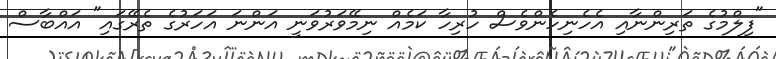
"ފިލްމުގެ ތަރިންނާއި އެހެނިހެންވެސް ހުރިހާ ކަމެއް ނިމޭވަރުވަނީ އަންނަ އަހަރުގެ ތެރޭގައި" އައްބާސް